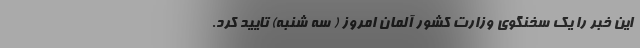
این خبر را یک سخنگوی وزارت کشور آلمان امروز ( سه شنبه) تایید کرد.